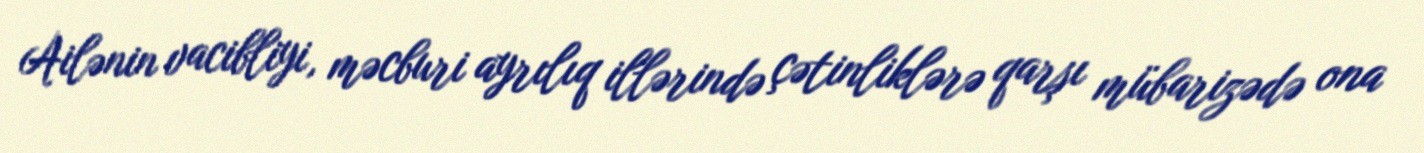
Ailənin vacibliyi, məcburi ayrılıq illərində çətinliklərə qarşı mübarizədə ona